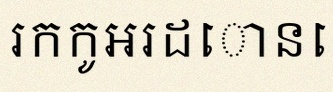
រកកូអរដោនេ